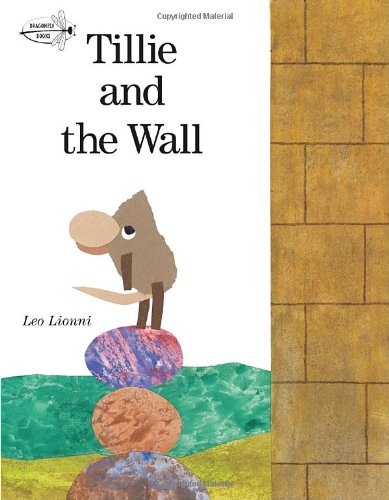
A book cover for Tillie and the Wall (Dragonfly Books); Leo Lionni; Children's Books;